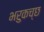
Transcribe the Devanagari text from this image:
भरुकच्छ